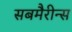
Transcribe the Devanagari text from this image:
सबमैरीन्स